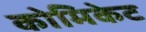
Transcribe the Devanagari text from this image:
कोमिकेट